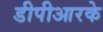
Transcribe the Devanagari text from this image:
डीपीआरके